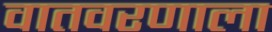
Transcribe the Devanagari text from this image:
वातवरणाला